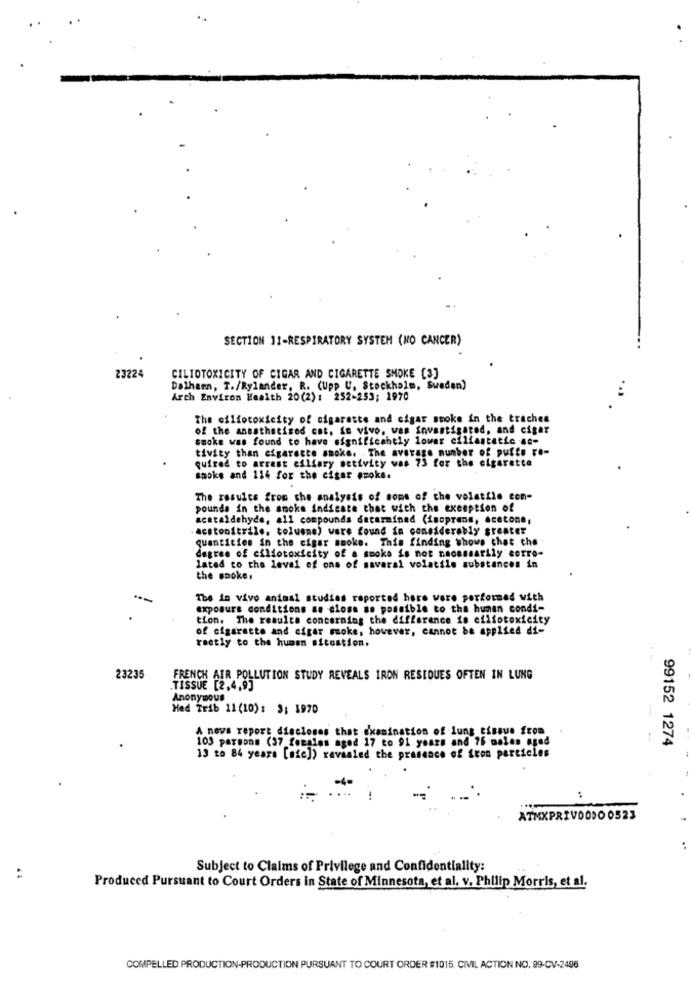
SECTION 11-RESPIRATORY SYSTEM (NO CANCER)
23224
CILTOTOXICITY OF CIGAR AND CIGARETTE SMOKE [3]
Dalharn, T./Rylander, R. (Upp U. Stockholm, Sweden)
Arch Environ Health 20(2) : 252-253; 1970
The oflfotoxicity of cigarette and cigar smoke in the trachea
of the annathatised ent. io vivo, was investigated, and cigar
smoke was found to have significantly lower ciliastatic ec-
tivity than cigarette smoke. The average number of puffo to-
quired to arrest esllary netivity was 73 for the cigarette
smoke and 114 for the cigar smoke.
The results from the analysis of some of the volatile con-
pounds in the smoke indicate that with the exception of
acetaldehyde, all compounds datermined (isoprens, acetone,
acetonitrile. toluene) were found in considerably greater
quantities in the cigar smoke. This finding shows chat che
degree of ciliotoxicity of a smoke is not necessarily corro-
lated to the level of one of savaral volatile substances in
the smoke.
The in vivo animal studies reported hare were performed with
exposure conditions an clona no possible to the human condi-
tion. The results concerning the difference is eiliotoxicity
of cigarette and cigar moke, however, cannot be applied di-
rectly to the human sicostion.
--
23235
FRENCH AIR POLLUTION STUDY REVEALS IRON RESIDUES OFTEN IN LUNG
.TISSUE [2,4,9]
Anonymous
Hed Trib 11 (10) : 3: 1970
A news report discloses that examination of lung tissue from
103 parsons (37 females aged 17 to 91 years and 76 males aged
99152 1274
13 to 84 years [ofc]) revealed the presence of iron particles
:
ATMXPRIVOODO 0523
Subject to Claims of Privilege and Confidentiality:
:
Produced Pursuant to Court Orders in State of Minnesota, et al. v. Philip Morris, et al.
COMPELLED PRODUCTION-PRODUCTION PURSUANT TO COURT ORDER $1015. CIVIL ACTION NO. 99-CV-2496